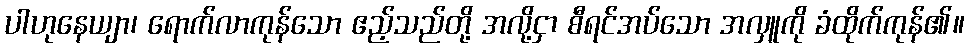
ပါဟုနေယျာ၊ ရောက်လာကုန်သော ဧည့်သည်တို့ အလို့ငှာ စီရင်အပ်သော အလှူကို ခံထိုက်ကုန်၏။